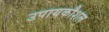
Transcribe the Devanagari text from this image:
उपायकौशल